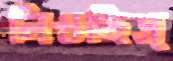
লিখছিস্